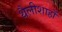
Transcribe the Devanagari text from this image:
थैलीशाहों